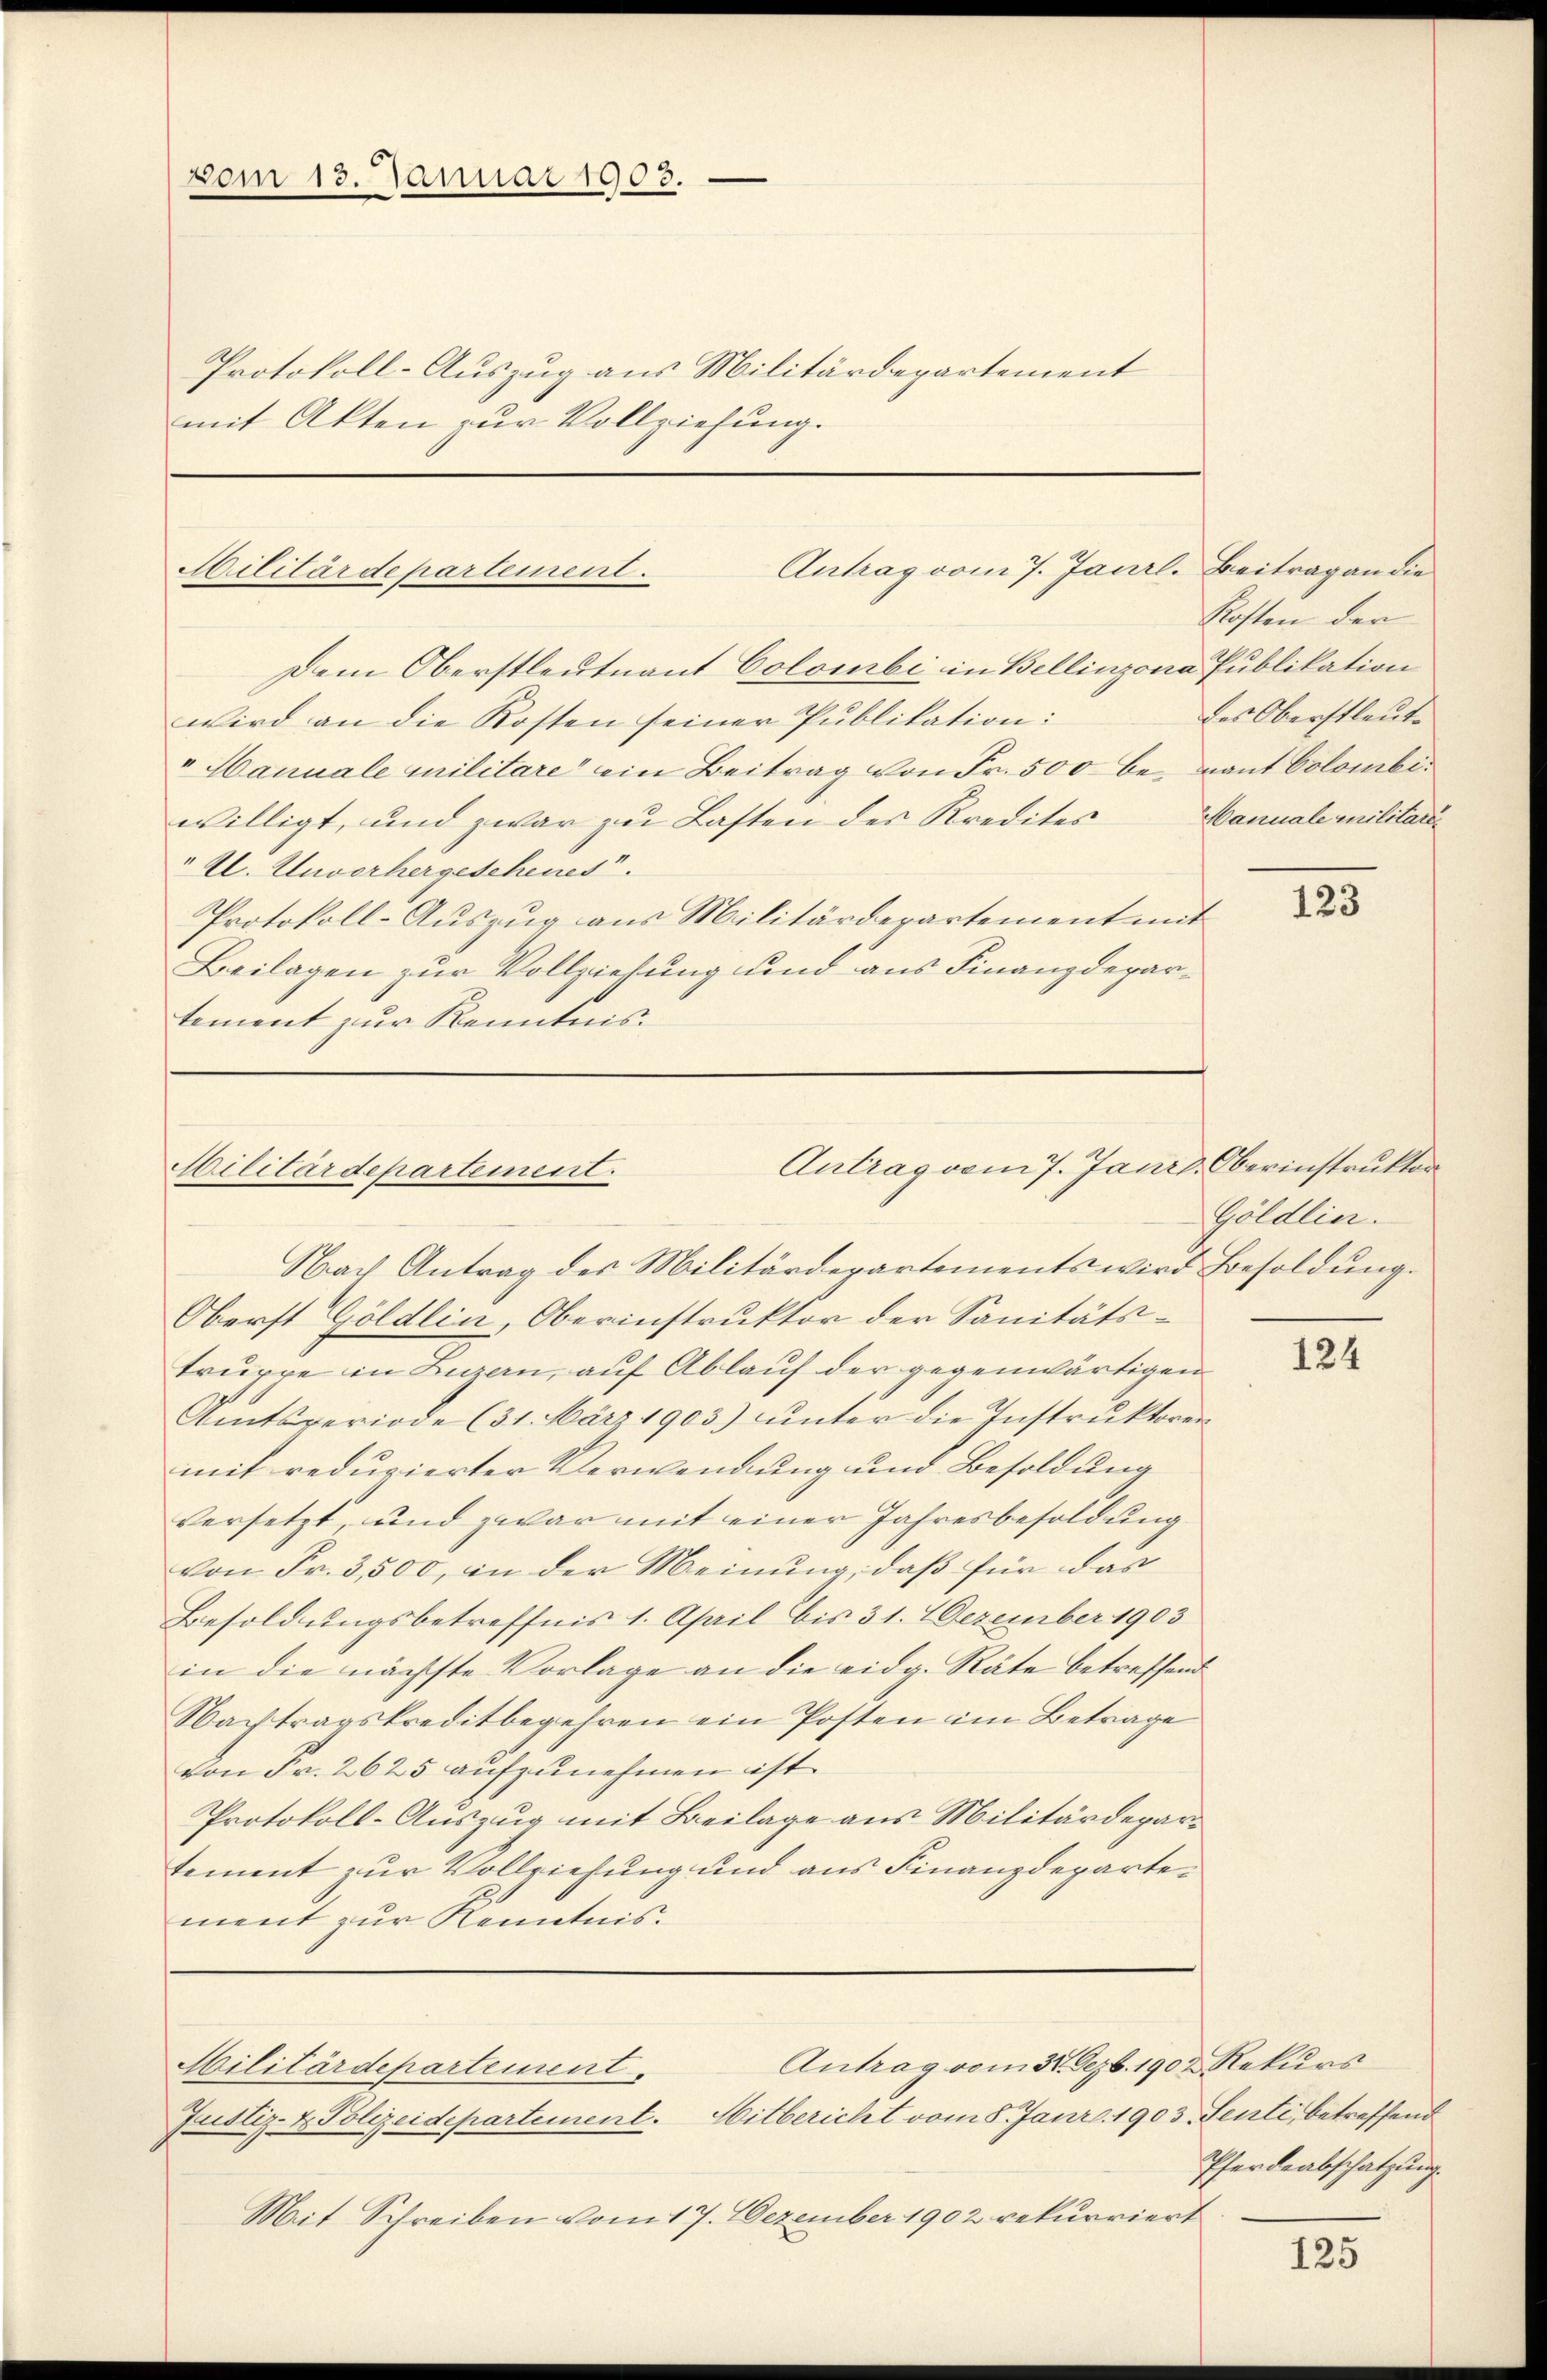
vom 13. Januar 1903.

Protokoll-Auszug aus Militärdepartement
mit Akten zur Vollziehung.

Antrag vom 7. Janrl. Beitrag an die
Hililärdepartement.

Antrag vom 7. Jani
Militärdepartement.

Nach Antrag des Militärdepartements wird Besoldung.
Oberst Göldlin, Oberinstruktor der Sanitätstruppe in Luzern, auf Ablauf der gegenwärtigen
Amtsveriode (31. März 1903) unter die Instruktoren
mit reduzierter Verwendung und Besoldung
versetzt, und zwar mit einer Jahresbesoldung
von Fr. 3,500, in der Meinung, daß für das
Besoldungsbetreffnis 1. April bis 31. Dezember 1903
in die nächste Vorlage an die eidg. Räte betreffend
Nachtragskreditbegehren ein Posten im Betrage
von Fr. 2625 aufzunehmen ist.
Protokoll-Auszug mit Beilage aus Militärdepartement zur Vollziehung und aus Finanzdepartement zur Kenntnis.
Antrag vom 31. Dezbr. 1902 Rekurs
Militärdepartement.
Justiz- & Polizeidepartement. Mitbericht vom 8. Janr. 1903. Senti, betreffend
Mit Schreiben vom 17. Dezember 1902 rekurriert

Dem Oberstleutnant Colombi in Bellinzona Publikation
wird an die Kosten seiner Publikation:
"Hanuale militare ein Beitrag von Fr. 500 be- Traut Colombiwilligt, und zwar zu Lasten des Kredites
" Al. Unverhergeschenes.
Protokoll-Auszug aus Militärderartement mit
Beilagen zur Vollziehung und aus Finanzdepartement zur Kenntnis.

Kosten der
des Oberstleut¬
Manuale militare

123

d. Oberinstruktor
Göldlier.

124

Pferdeabschatzung.

125